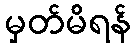
မှတ်မိရန်